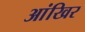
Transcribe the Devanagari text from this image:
आंखिर